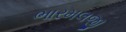
ભારમલજી